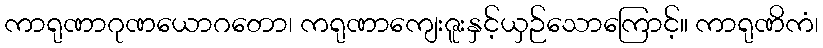
ကာရုဏာဂုဏယောဂတော၊ ကရုဏာကျေးဇူးနှင့်ယှဉ်သောကြောင့်။ ကာရုဏိကံ၊